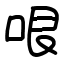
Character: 哏